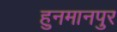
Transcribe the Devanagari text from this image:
हुनमानपुर